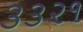
૩૩૨૧